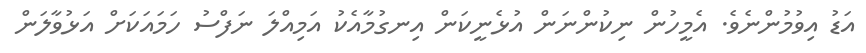
އަޑު އިވުމުންނެވެ. އެމީހުން ނިކުންނަން އުޅެނީކަން އިނގުމާއެކު އަމިއްލަ ނަފްސު ހަމައަކަށް އަޅުވާލަން